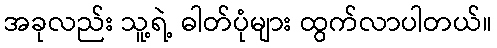
အခုလည်း သူ့ရဲ့ ဓါတ်ပုံများ ထွက်လာပါတယ်။